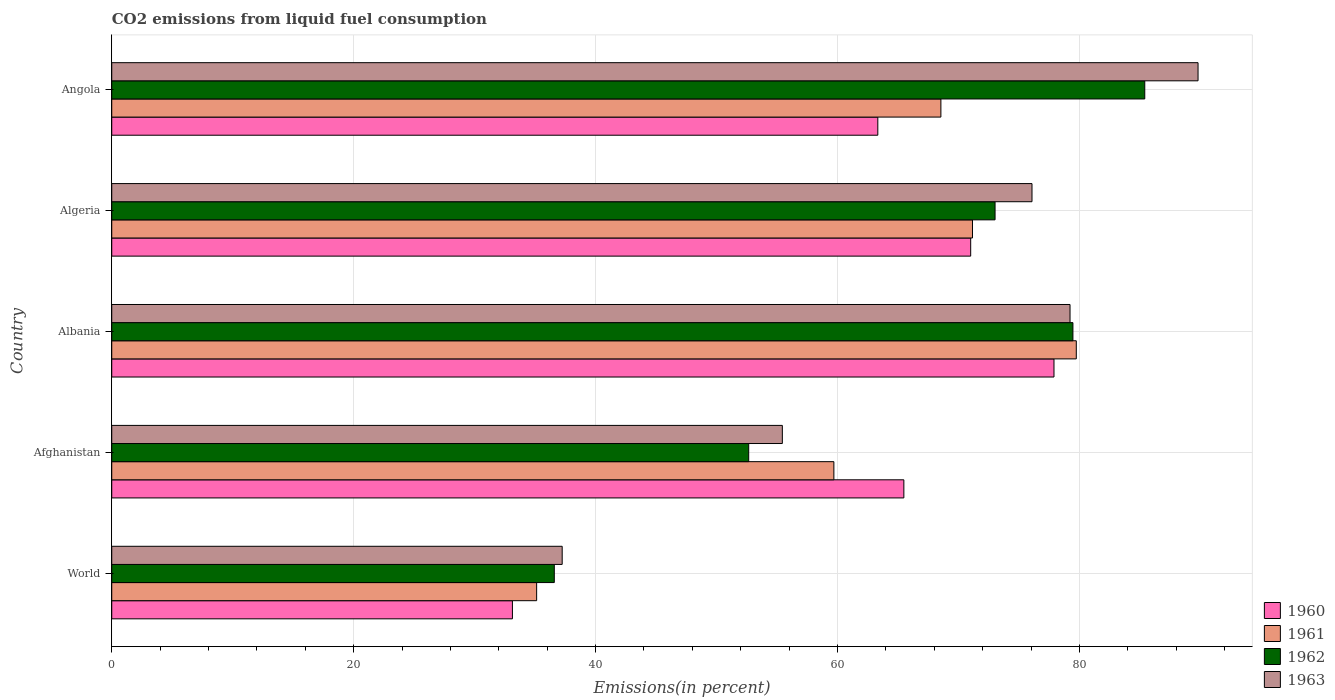
| Country | 1960 | 1961 | 1962 | 1963 |
 | --- | --- | --- | --- | --- |
 | World | 33.1 | 35.1 | 36.6 | 37.2 |
 | Afghanistan | 65.5 | 59.7 | 52.7 | 55.4 |
 | Albania | 77.9 | 79.7 | 79.5 | 79.2 |
 | Algeria | 71 | 71.2 | 73 | 76.1 |
 | Angola | 63.3 | 68.5 | 85.4 | 89.8 |